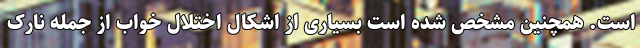
است. همچنین مشخص شده است بسیاری از اشکال اختلال خواب از جمله نارک